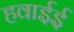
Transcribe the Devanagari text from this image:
हवाईई